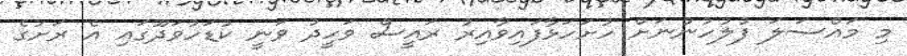
މި މައްސަލަ ފުލުހުންނަށް ހުށަހަޅާފައިވާއިރު ރައީސް ވަހީދު ވަނީ ކުޑަހުވަދޫގައި އެ ރަށުގެ